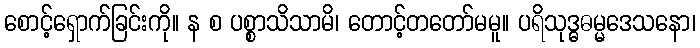
စောင့်ရှောက်ခြင်းကို။ န စ ပစ္စာသိသာမိ၊ တောင့်တတော်မမူ။ ပရိသုဒ္ဓဓမ္မဒေသနော၊